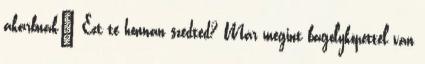
akarbnak" Ezt te honnan szedted? Már megint bagolyköpettel van